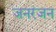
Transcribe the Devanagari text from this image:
जनरंजन